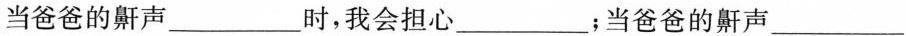
当爸爸的鼾声___时，我会担心___；当爸爸的鼾声___